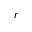
r